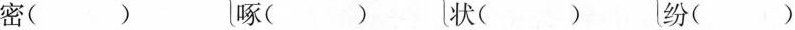
密()啄()状()纷()